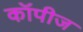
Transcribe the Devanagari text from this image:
कॉपीज